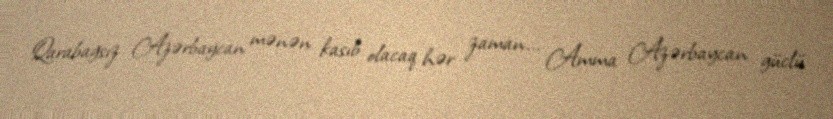
Qarabağsız Azərbaycan mənən kasıb olacaq hər zaman... Amma Azərbaycan güclü